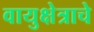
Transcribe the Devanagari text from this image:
वायुक्षेत्राचे